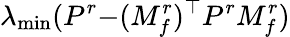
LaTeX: \lambda_{\operatorname*{min}}(P^{r}{-}(M_{f}^{r})^{\top}P^{r}M_{f}^{r})